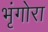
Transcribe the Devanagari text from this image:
भृंगोरा